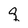
Character: q